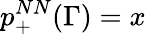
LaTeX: p_{+}^{NN}(\Gamma)=x